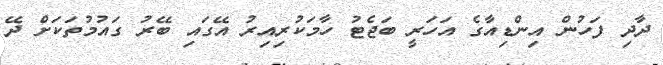
ދާދި ފަހުން އިންޑިއާގެ އަހަރީ ބަޖެޓު ހާމަކުރިއިރު އޭގައި ބޭރު ގައުމުތަކަށް ދޭ